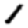
Digit: 1